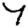
Digit: 7